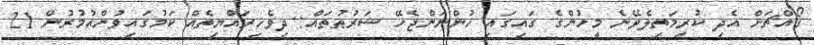
ގޯއްޗަށް އެދި ކުރިމަތިލެވޭނެ މީހުންގެ ގައިގައި ހުންނަންޖެހޭ ޝަރުޠުތައް: ދިވެހިރައްޔިތެއް ކަމުގައިވުންއުމުރުން 21